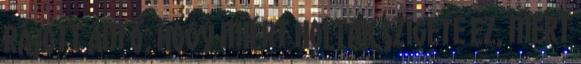
rájött ám ő, hogy miért Holtak szigete ez, mert